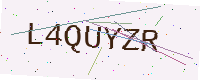
Text: L4QUYZR